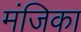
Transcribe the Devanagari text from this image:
मंजिका